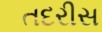
તદરીસ